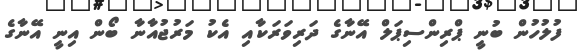
ފުލުހުން ބުނީ ޕްރިންސިޕަލް އޭނާގެ ދަރިވަރަކާއި އެކު މަރުޖުއާނާ ބޯން އިނީ އޭނާގެ